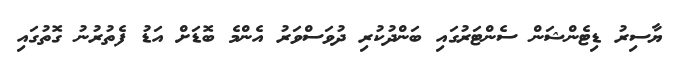
ޔާސިރު ޑިޓެންޝަން ސެންޓަރުގައި ބަންދުކުރި ދުވަސްވަރު އެންމެ ބޮޑަށް އަޑު ފެތުރުނު ގޮތުގައި